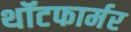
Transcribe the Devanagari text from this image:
थॉटफार्मर